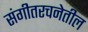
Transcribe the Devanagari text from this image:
संगीतरचनेतील